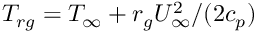
T _ { r g } = T _ { \infty } + r _ { g } U _ { \infty } ^ { 2 } / ( 2 c _ { p } )